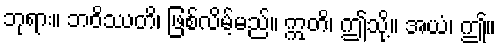
ဘုရား။ ဘဝိဿတိ၊ ဖြစ်လိမ့်မည်။ ဣတိ၊ ဤသို့။ အယံ၊ ဤ။